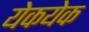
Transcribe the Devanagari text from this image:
येकयेक